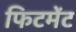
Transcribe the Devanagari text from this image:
फिटमेंट